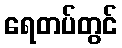
ရေတပ်တွင်